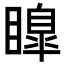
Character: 𭿟